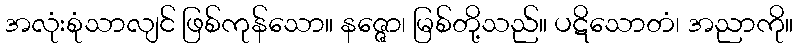
အလုံးစုံသာလျင် ဖြစ်ကုန်သော။ နဇ္ဇော၊ မြစ်တို့သည်။ ပဋိသောတံ၊ အညာကို။